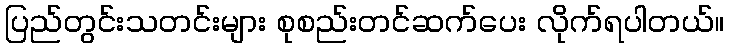
ပြည်တွင်းသတင်းများ စုစည်းတင်ဆက်ပေး လိုက်ရပါတယ်။